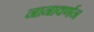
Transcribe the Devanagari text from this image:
नानावर्णन